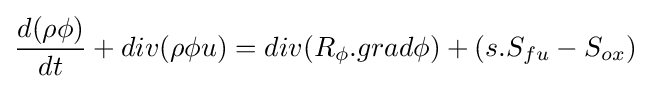
{d(\rho \phi ) \over dt}+div(\rho \phi u)=div(R_{\phi }.grad\phi )+(s.S_{fu}-S_{ox})